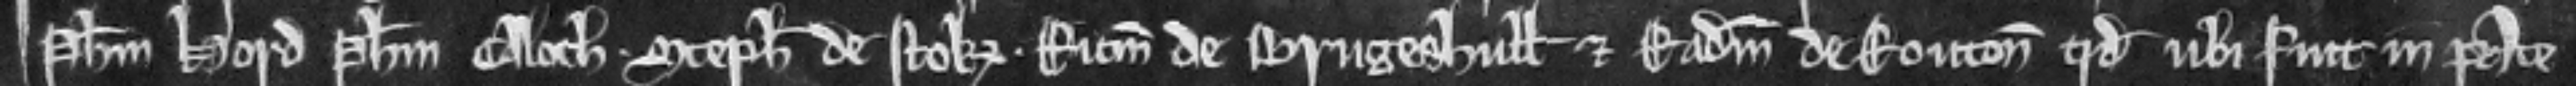
Philippum Hord Philippum Caloch. Stephanum de Stok. Ricardum de Brugeshull et Radulfum de Routon quod ubi fuit in pace